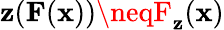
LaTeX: \mathbf{z}(\mathbf{{F}}(\mathbf{{x}}))\neqF_{\mathbf{z}}(\mathbf{{x}})